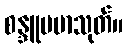
စန္ဒူပမာသုတ်။